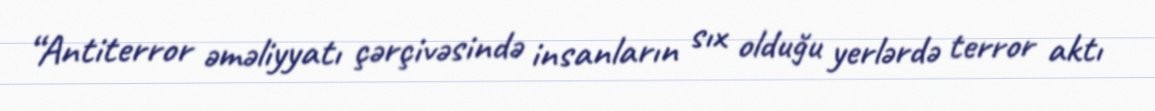
“Antiterror əməliyyatı çərçivəsində insanların sıx olduğu yerlərdə terror aktı